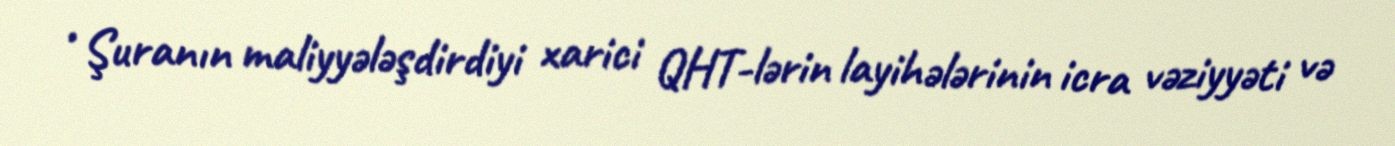
• Şuranın maliyyələşdirdiyi xarici QHT-lərin layihələrinin icra vəziyyəti və